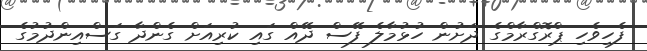
ފެހިވެހި ޕްރޮގްރާމްގެ ދަށުން ހުޅުމާލެ ފޭސް ދޭއް ގައި ކުރިއަށް ގެންދާ ގަސްއިންދުމުގެ